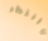
وانتظر